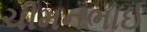
ચીમનભાઈ